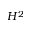
H ^ { 2 }